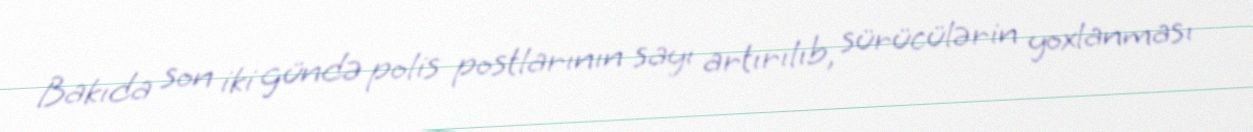
Bakıda son iki gündə polis postlarının sayı artırılıb, sürücülərin yoxlanması